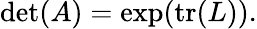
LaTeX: \operatorname*{d\mathrm{e}t}(A)=\exp(\operatorname{tr}(L)).